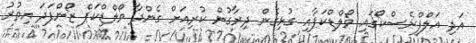
އަދި އަލްފްރެސްކޯގައި ވޯލްޑްކަޕާއި ގުޅިގެން ދިރާގުން ކުރިއަށް ގެންދާ ވޯލްޑްކަޕް ޒޯންފަދަ އިތުރު